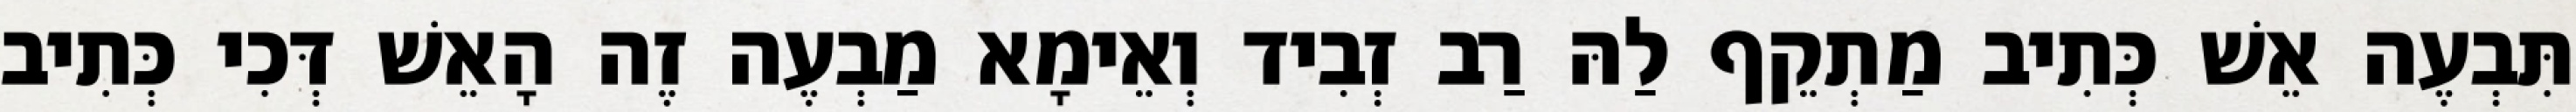
תִּבְעֶה אֵשׁ כְּתִיב מַתְקֵף לַהּ רַב זְבִיד וְאֵימָא מַבְעֶה זֶה הָאֵשׁ דְּכִי כְּתִיב